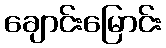
ချောင်းမြောင်း